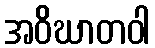
အဝိဃာတဝါ